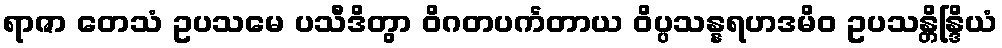
ရာဇာ တေသံ ဥပသမေ ပသီဒိတွာ ဝိဂတပင်္ကတာယ ဝိပ္ပသန္နရဟဒမိဝ ဥပသန္တိန္ဒြိယံ